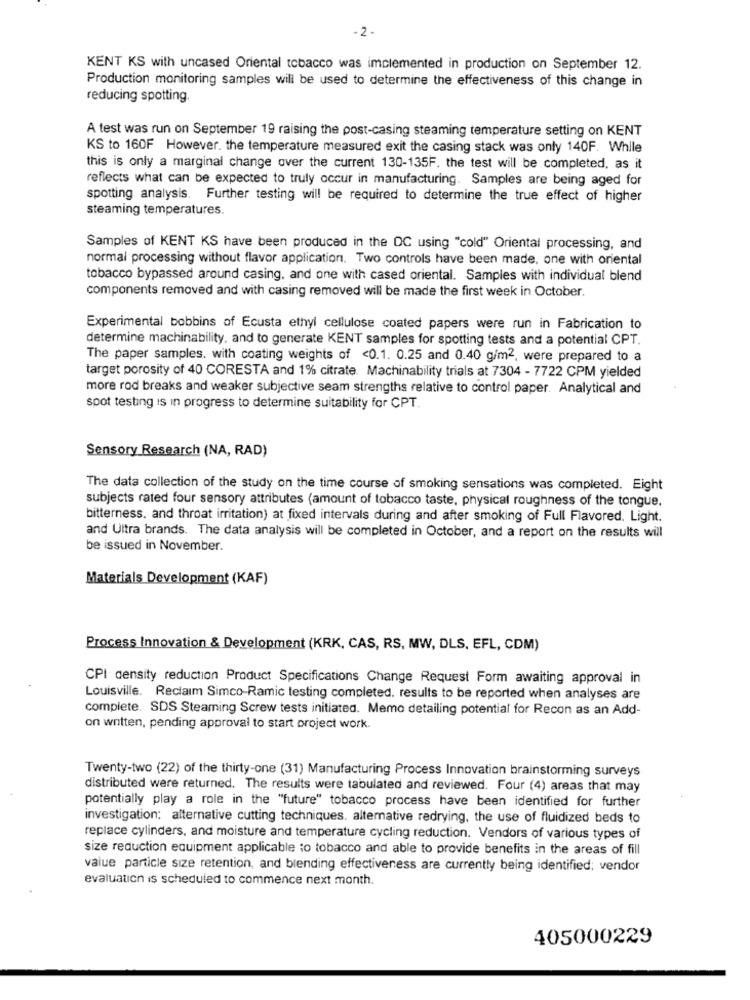
- 2-
KENT KS with uncased Oriental tobacco was implemented in production on September 12.
Production monitoring samples will be used to determine the effectiveness of this change in
reducing spotting.
A test was run on September 19 raising the post-casing steaming temperature setting on KENT
KS to 160F However, the temperature measured exit the casing stack was only 140F. While
this is only a marginal change over the current 130-135F. the test will be completed, as it
reflects what can be expected to truly occur in manufacturing. Samples are being aged for
spotting analysis. Further testing will be required to determine the true effect of higher
steaming temperatures.
Samples of KENT KS have been produced in the DC using "cold" Oriental processing, and
normal processing without flavor application. Two controls have been made, one with oriental
tobacco bypassed around casing, and one with cased oriental. Samples with individual blend
components removed and with casing removed will be made the first week in October.
Experimental bobbins of Ecusta ethyl cellulose coated papers were run in Fabrication to
determine machinability, and to generate KENT samples for spotting tests and a potential CPT.
The paper samples. with coating weights of <0.1. 0.25 and 0.40 g/m2, were prepared to a
target porosity of 40 CORESTA and 1% citrate. Machinability trials at 7304 - 7722 CPM yielded
more rod breaks and weaker subjective seam strengths relative to control paper. Analytical and
spot testing is in progress to determine suitability for CPT.
Sensory Research (NA, RAD)
The data collection of the study on the time course of smoking sensations was completed. Eight
subjects rated four sensory attributes (amount of tobacco taste, physical roughness of the tongue.
bitterness, and throat irritation) at fixed intervals during and after smoking of Full Flavored. Light.
and Ultra brands. The data analysis will be completed in October, and a report on the results will
be issued in November.
Materials Development (KAF)
Process Innovation & Development (KRK, CAS, RS, MW, DLS, EFL, CDM)
CPI density reduction Product Specifications Change Request Form awaiting approval in
Louisville. Reclaim Simco-Ramic testing completed. results to be reported when analyses are
complete. SDS Steaming Screw tests initiated. Memo detailing potential for Recon as an Add-
on written, pending approval to start project work.
Twenty-two (22) of the thirty-one (31) Manufacturing Process Innovation brainstorming surveys
distributed were returned. The results were tabulated and reviewed. Four (4) areas that may
potentially play a role in the "future" tobacco process have been identified for further
investigation: alternative cutting techniques. alternative redrying, the use of fluidized beds to
replace cylinders, and moisture and temperature cycling reduction. Vendors of various types of
size reduction equipment applicable to tobacco and able to provide benefits in the areas of fill
value particle size retention, and blending effectiveness are currently being identified; vendor
evaluation is scheduled to commence next month.
405000229